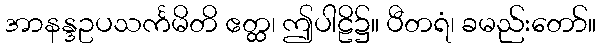
အာနန္ဒဥပသင်္ကမိတိ ဧတ္ထ၊ ဤပါဠိ၌။ ပီတရံ၊ ခမည်းတော်။